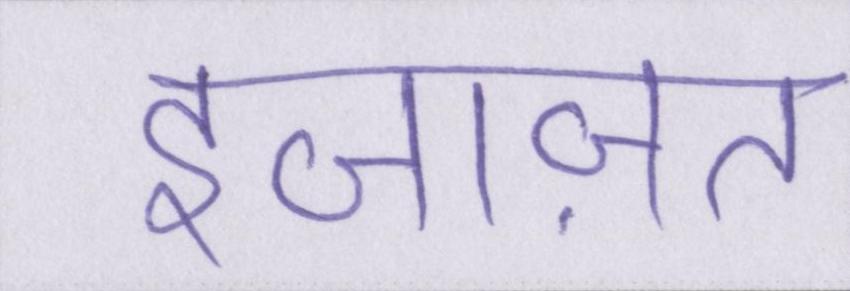
इजाज़त